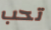
تحب